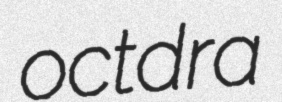
octdra